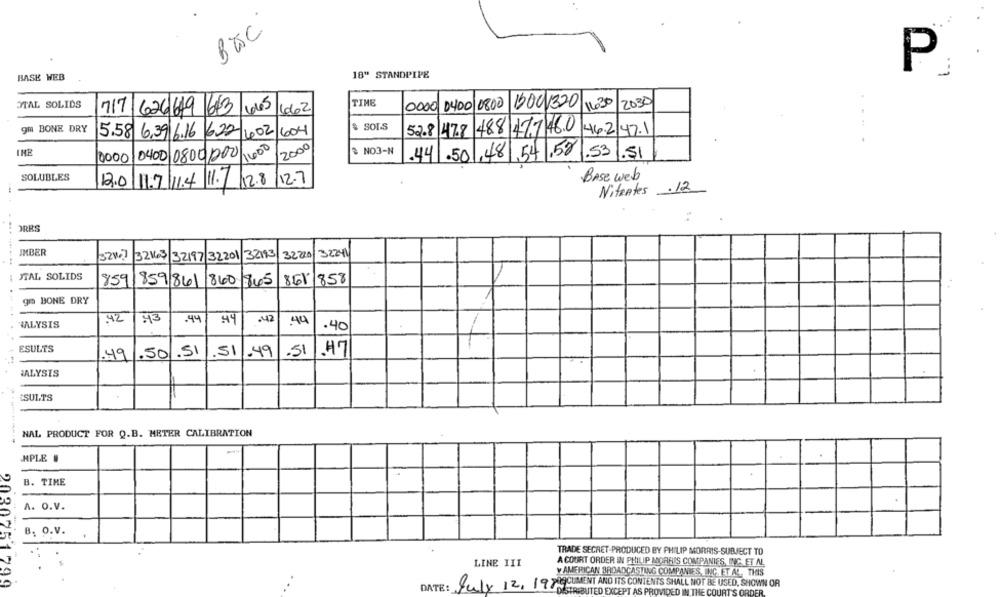
Bac
BASE WEB
18" STANDPIPE
P
1
S
TIME
1430
2030
MAL SOLIDS
0000
0400/0800
1600320
717 626619 643
162
& SOLS
gm BONE DRY
11002
604
488 47746.0
46.2 47.1
5.58 6,39 6.16 622
52.8 47.8
1400
2000
IME
0400 08001000
# NO3-N
.44 .50 ,48 .54 .58
.53.51
10000
SOLUBLES
BASE web
12.0 11.7 11.4 11. 12.8
12.7
.12
Nitentes
ORRS
.....
IMBER
32 KG3
32197 32201 32113
32.220
32241
JTAL SOLIDS
859
861
1858
859 841
859 861 840 845
ga BONE DRY
42
43
.44
44
342
.44
HALYSIS
.40
ESULTS
.50.51
.51.49
.51
47
.49
ALYSIS
ESULTS
NAL PRODUCT FOR Q.B. METER CALIBRATION
HPLE .
B. TIME
A. O.V.
B. O.V.
TRADE SECRET-PRODUCED BY PHILIP MORRIS-SUBJECT TO
A COURT ORDER IN PHILIP MORRIS COMPANIES, ING. ET AL
LINE III
Y AMERICAN BROADCASTING COMPANIES, INC. ET AL ., THIS
2030751799
DATE:
July 12, 19819 CUMENT AND ITS CONTENTS SHALL NOT BE USED, SHOWN OR
DISTRIBUTED EXCEPT AS PROVIDED IN THE COURT'S ORDER